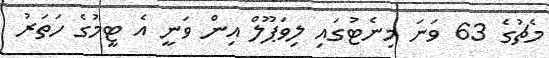
މެޗުގެ 63 ވަނަ މިނެޓުގައި ލިވަޕޫލް އިން ވަނީ އެ ޓީމުގެ ހަތަރު